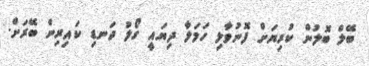
ބޭލް ބޮލުން ކުރިޔަށް ފޮނުވާލި ހަމަލާ ދިޔައީ ގޯލު ދަނޑި ކައިރިން ބޭރަށް.